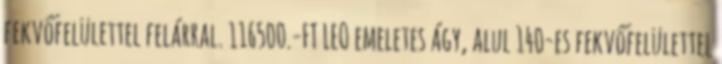
fekvőfelülettel felárral. 116500.-FT LEO emeletes ágy, alul 140-es fekvőfelülettel